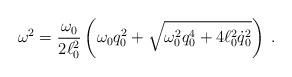
LaTeX: \begin{align*}\omega^2 = {\omega_0 \over 2 \ell_0^2} \left(\omega_0 q_0^2 + \sqrt{\omega_0^2 q_0^4 + 4 \ell_0^2 \dot{q}_0^2 }\right) \; .\end{align*}